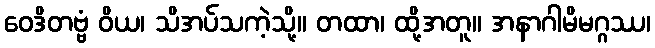
ဝေဒိတဗ္ဗံ ဝိယ၊ သိအပ်သကဲ့သို့။ တထာ၊ ထို့အတူ။ အနာဂါမိမဂ္ဂဿ၊